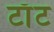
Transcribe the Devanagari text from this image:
टाँट